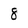
Character: 8